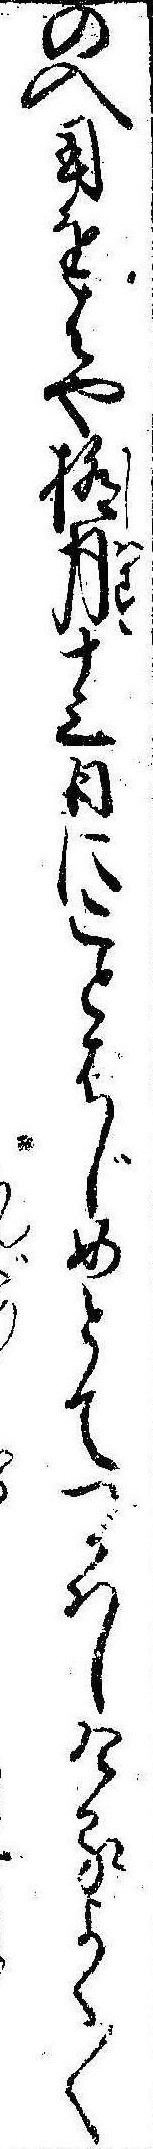
の入用をはや極月十三日にことはじめとてつかはしけるよく〱